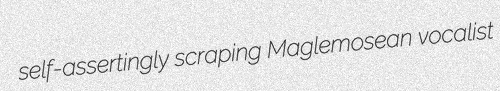
self-assertingly scraping Maglemosean vocalist